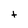
Character: t